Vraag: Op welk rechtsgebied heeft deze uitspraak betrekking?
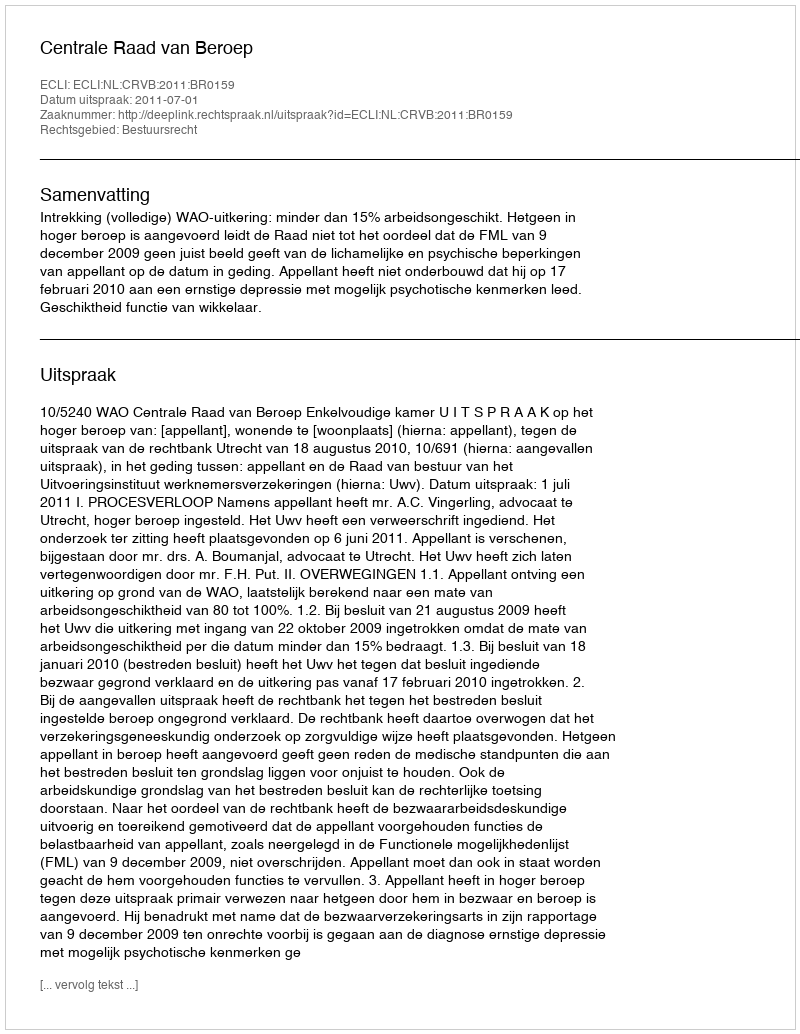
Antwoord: Bestuursrecht